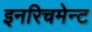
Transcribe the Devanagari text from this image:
इनरिचमेन्ट